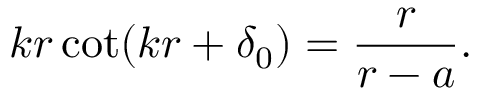
k r \cot ( k r + \delta _ { 0 } ) = \frac { r } { r - a } .